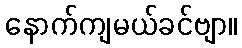
နောက်ကျမယ်ခင်ဗျာ။